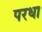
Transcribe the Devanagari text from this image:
परधा